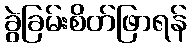
ခွဲခြမ်းစိတ်ဖြာရန်